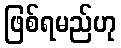
ဖြစ်ရမည်ဟု